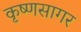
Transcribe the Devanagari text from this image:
कृष्णसागर